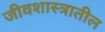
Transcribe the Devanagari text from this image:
जीवशास्त्रातील